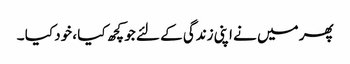
پھر میں نے اپنی زندگی کے لئے جو کچھ کیا ، خود کیا ۔